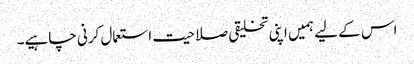
اس کے لیے ہمیں اپنی تخلیقی صلاحیت استعمال کرنی چاہیے۔